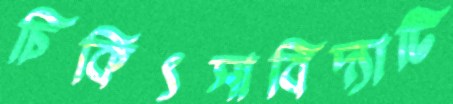
চিকিৎসাবিদ্যাটি